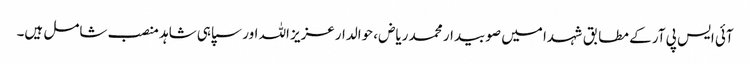
آئی ایس پی آر کے مطابق شہدا میں صوبیدار محمد ریاض، حوالدارعزیز اللہ اور سپاہی شاہد منصب شامل ہیں۔